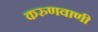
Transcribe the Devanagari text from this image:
करुणवाणी